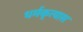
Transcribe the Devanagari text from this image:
धर्मकृत्यास